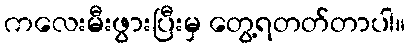
ကလေးမီးဖွားပြီးမှ တွေ့ရတတ်တာပါ။